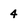
Character: 4